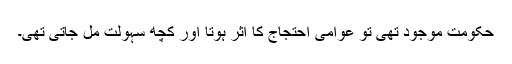
حکومت موجود تھی تو عوامی احتجاج کا اثر ہوتا اور کچھ سہولت مل جاتی تھی۔